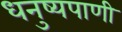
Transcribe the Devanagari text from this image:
धनुष्यपाणी